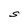
Character: S